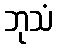
ဘုသံ